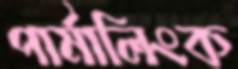
পার্মালিংক